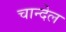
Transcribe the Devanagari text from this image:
चान्देल